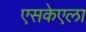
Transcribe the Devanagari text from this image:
एसकेएला